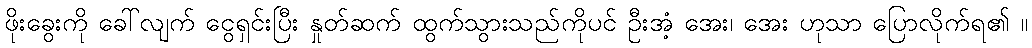
ဖိုးခွေးကို ခေါ်လျက် ငွေရှင်းပြီး နှုတ်ဆက် ထွက်သွားသည်ကိုပင် ဦးအံ့ အေး၊ အေး ဟုသာ ပြောလိုက်ရ၏ ။